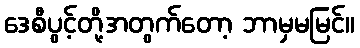
ဒေစီပွင့်တို့အတွက်တော့ ဘာမှမမြင်။